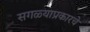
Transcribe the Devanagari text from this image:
सगळ्याप्रकारचे